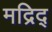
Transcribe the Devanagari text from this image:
मद्रिद्